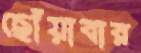
ছোঁয়াবার